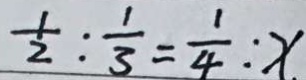
\frac { 1 } { 2 } : \frac { 1 } { 3 } = \frac { 1 } { 4 } : x